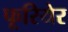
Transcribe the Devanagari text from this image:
फूरियेर